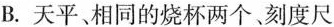
B.天平、相同的烧杯两个、刻度尺